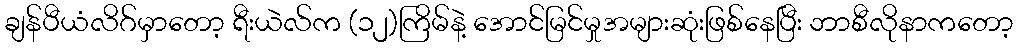
ချန်ပီယံလိဂ်မှာတော့ ရီးယဲလ်က (၁၂)ကြိမ်နဲ့ အောင်မြင်မှုအများဆုံးဖြစ်နေပြီး ဘာစီလိုနာကတော့